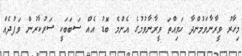
މިހާރު ވީރާނާވަމުންދާ ހަވިއްތަ ވީރާނާވުމުގެ އެންމެ ބޮޑު އެއް ސަބަބަކީ ސަރުކާރުން ވަފުދެއް